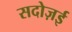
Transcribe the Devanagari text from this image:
सदोज़ई